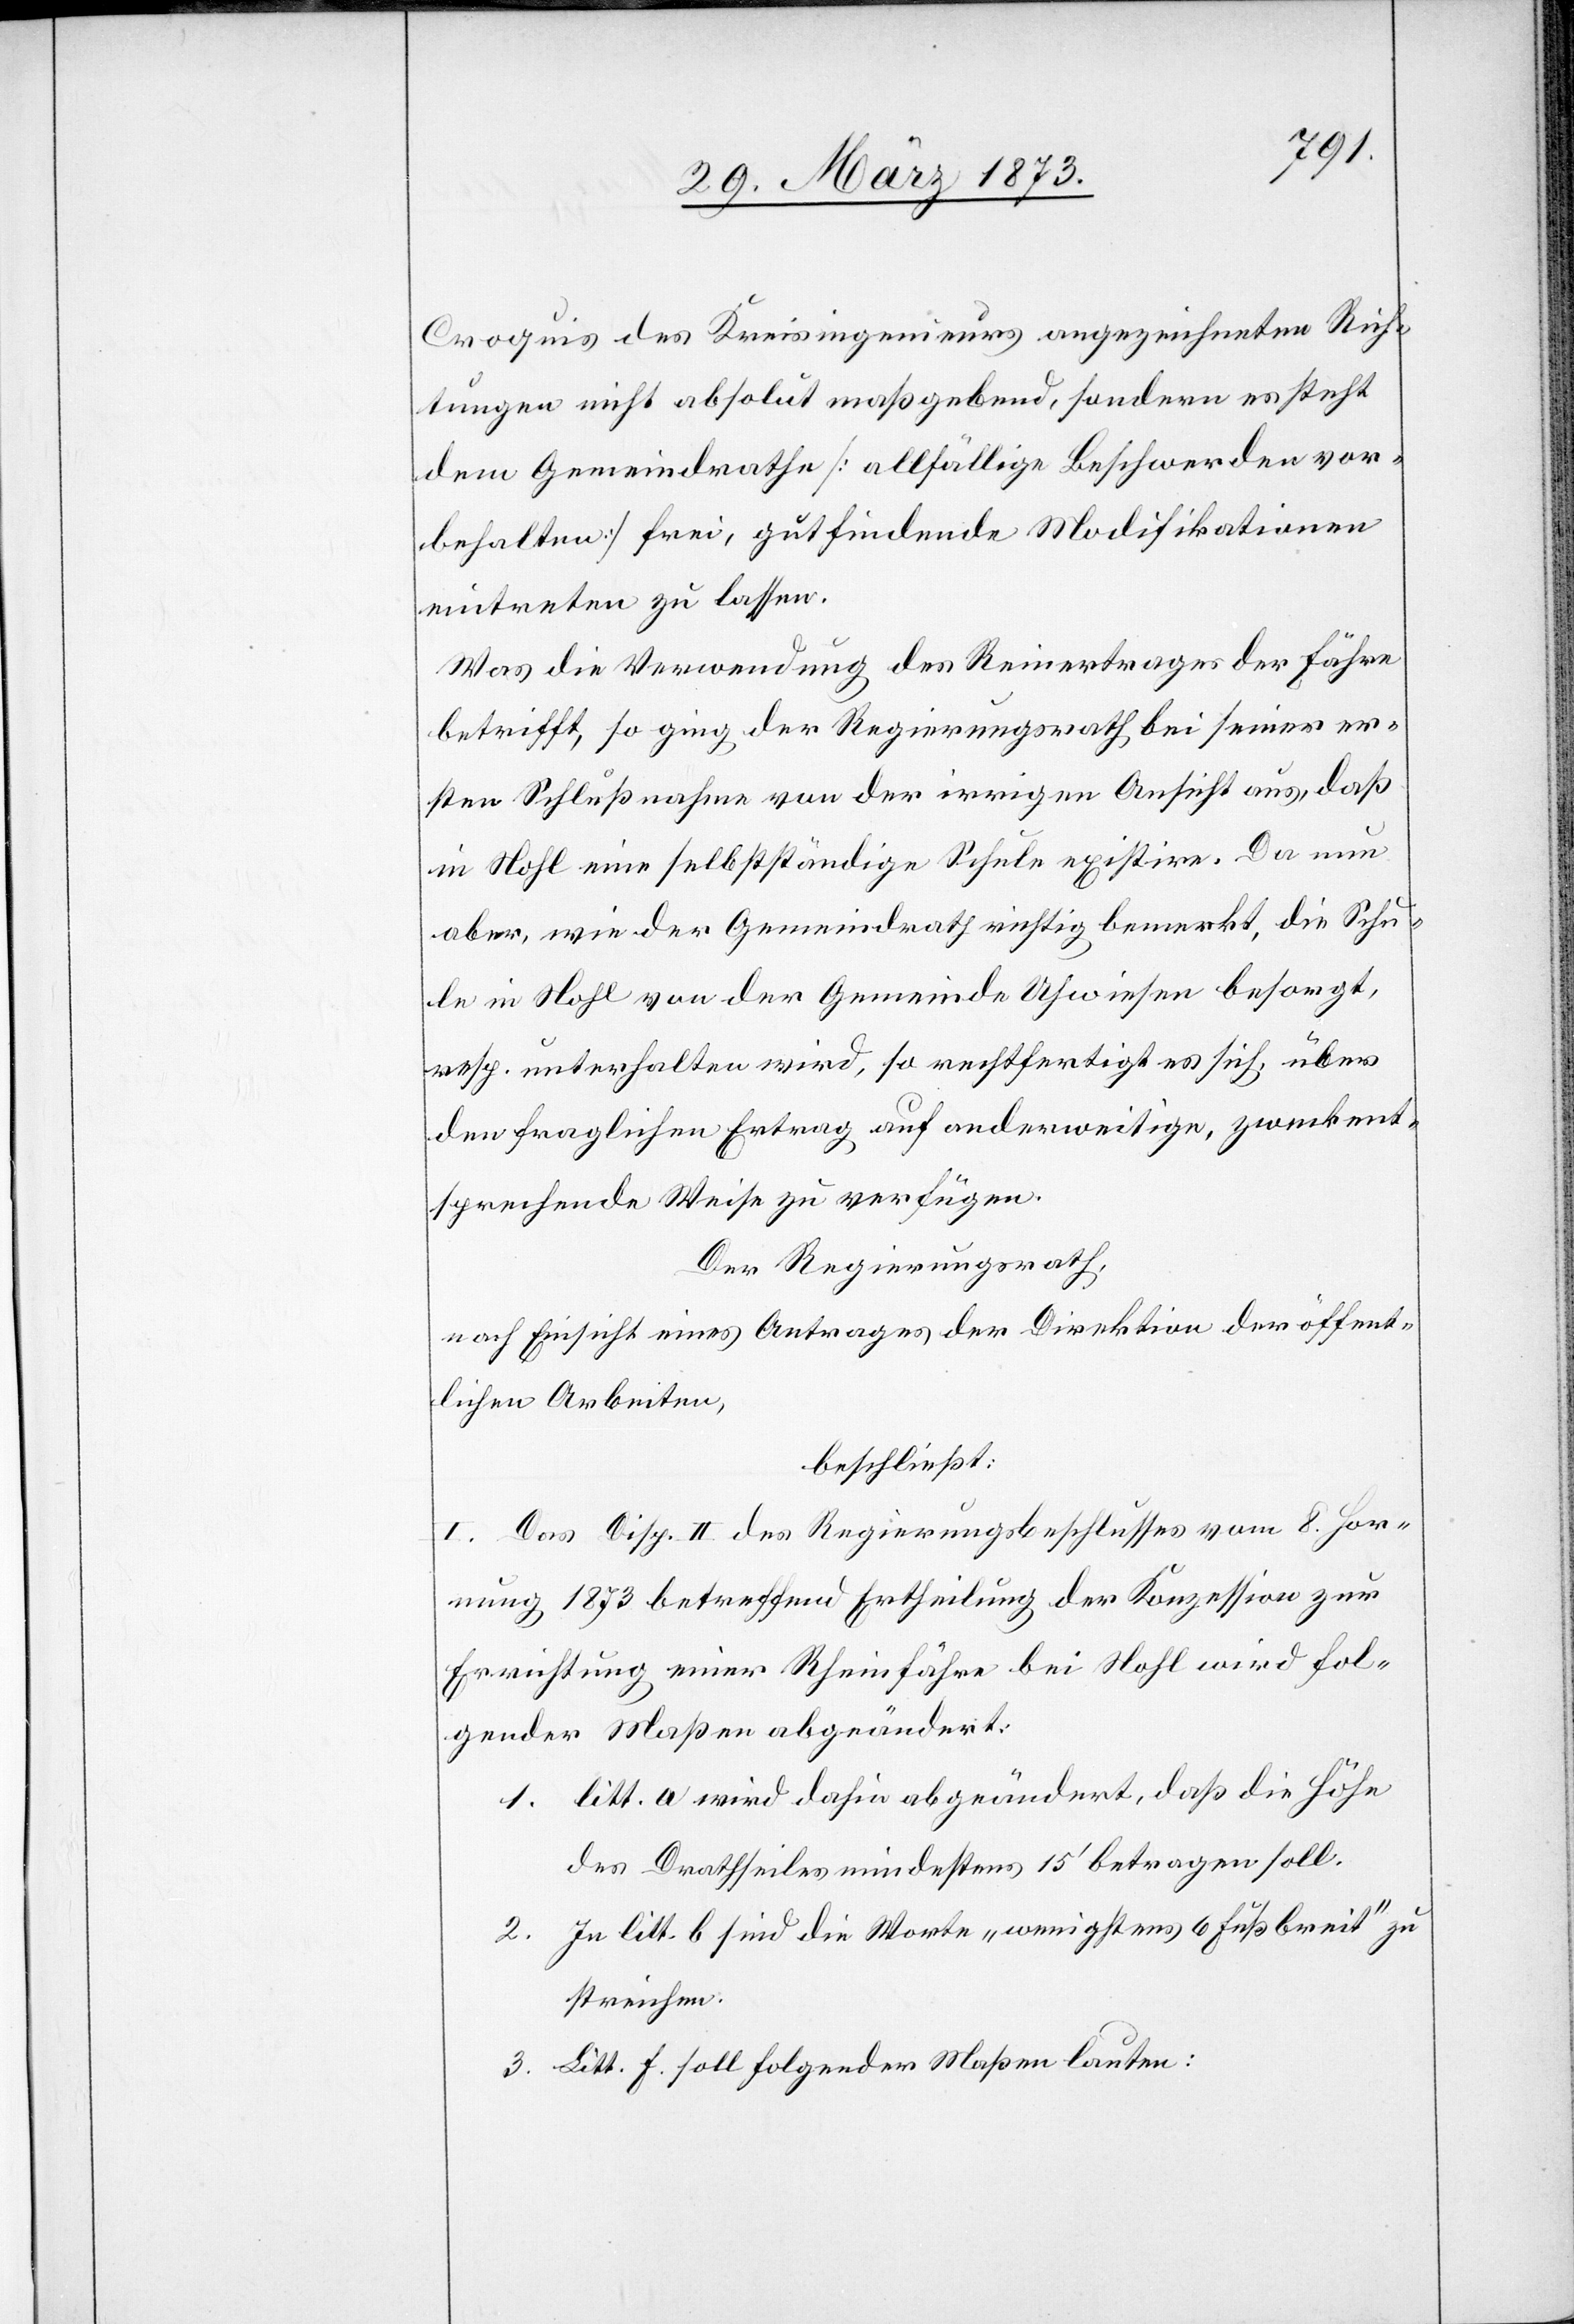
Croquis des Kreisingenieurs angezeichneten Rich¬
tungen nicht absolut maßgebend, sondern es steht
dem Gemeindrathe [allfällige Beschwerden vor¬
behalten] frei, gutfindende Modifikationen
eintreten zu lassen.
Was die Verwendung des Reinertrages der Fähre
betrifft, so ging der Regierungsrath bei seiner er¬
sten Schlußnahme von der irrigen Ansicht aus, daß
in Nohl eine selbständige Schule existire. Da nun
aber, wie der Gemeindrath richtig bemerkt, die Schu¬
le in Nohl von der Gemeinde Uhwiesen besorgt,
resp. unterhalten wird, so rechtfertigt es sich, über
den fraglichen Ertrag auf anderweitige, zweckent¬
sprechende Weise zu verfügen.
Der Regierungsrath,
nach Einsicht eines Antrages der Direktion der öffent¬
lichen Arbeiten,
beschließt:
I. Das Disp. II des Regierungsbeschlusses vom 8. Hor¬
nung 1873 betreffend Ertheilung der Konzession zur
Errichtung einer Rheinfähre bei Nohl wird fol¬
gender Maßen abgeändert:
1. litt. a wird dahin abgeändert, daß die Höhe
des Drathseiles mindestens 15’ betragen soll.
2. In litt. b sind die Worte „wenigstens 6 Fuß breit“ zu
streichen.
3. Litt. f. soll folgender Maßen lauten: